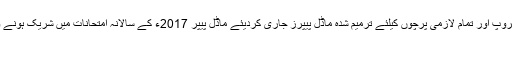
کراچی، اعلیٰ ثانوی تعلیمی بورڈ نے سائنس گروپ اور تمام لازمی پرچوں کیلئے ترمیم شدہ ماڈل پیپرز جاری کردیئے ماڈل پیپر 2017ء کے سالانہ امتحانات میں شریک ہونے والے طلبہ و طالبات کیلئے مفید ثابت ہوں گے
کراچی (اُردو پوائنٹ اخبارتازہ ترین۔